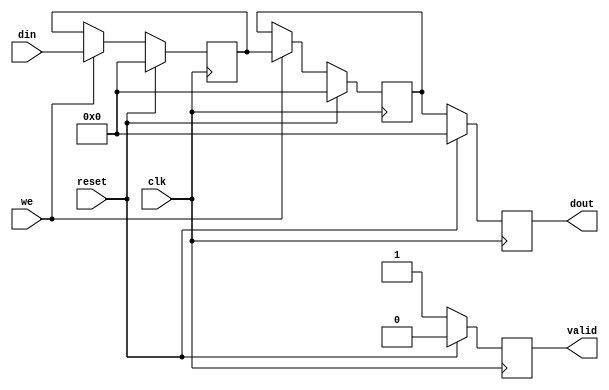
module PipelineBuffer #(
    parameter N = 8,         // Width of the data (N bits)
    parameter DEPTH = 2      // Number of stages in the pipeline
)(
    input wire clk,          // Clock signal
    input wire reset,        // Synchronous reset signal
    input wire we,           // Write enable signal
    input wire [N-1:0] din,  // Data input (N bits wide)
    output reg [N-1:0] dout,  // Data output (N bits wide)
    output reg valid         // Valid signal indicating output is ready
);

    // Internal registers to hold the pipeline data
    reg [N-1:0] buffer [0:DEPTH-1]; // Buffer array to hold the data

    // Pipeline logic
    integer i;
    always @(posedge clk) begin
        if (reset) begin
            // Reset all pipeline stages
            dout <= 0;
            valid <= 0;
            for (i = 0; i < DEPTH; i = i + 1) begin
                buffer[i] <= 0; // Clear the buffer
            end
        end else if (we) begin
            // Shift data through the pipeline
            buffer[0] <= din; // Capture input data at the first stage
            for (i = 1; i < DEPTH; i = i + 1) begin
                buffer[i] <= buffer[i-1]; // Shift data to the next stage
            end
            dout <= buffer[DEPTH-1]; // Output is from the last stage
            valid <= 1; // Indicate that the output is valid
        end else begin
            // If write enable is not asserted, maintain current output
            dout <= buffer[DEPTH-1];
            valid <= 1; // Keep valid high as previous data is still valid
        end
    end
endmodule